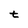
Character: t